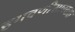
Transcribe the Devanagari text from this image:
हगवणीसारख्या